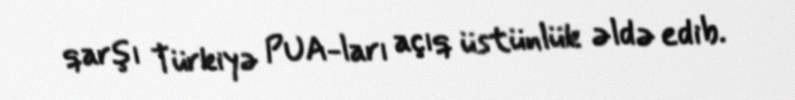
qarşı Türkiyə PUA-ları açıq üstünlük əldə edib.